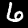
Label: 6